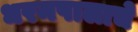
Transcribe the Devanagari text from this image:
धरमपालाचे